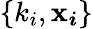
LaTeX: \{ k_{i},\boldsymbol{\mathbf{x}_{i}}\}